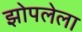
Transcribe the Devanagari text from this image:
झोपलेला